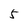
Character: 5